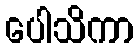
ပေါသိကာ